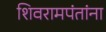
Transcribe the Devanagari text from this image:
शिवरामपंतांना